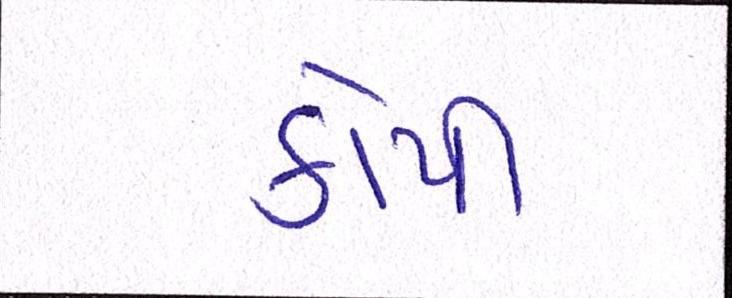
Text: કોપી